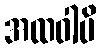
အထဝါပိ